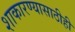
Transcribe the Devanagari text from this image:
शाकारण्यासाठीही